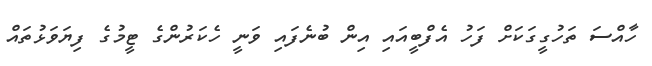
ހާއްސަ ތަހުގީގަކަށް ފަހު އެފްބީއައި އިން ބުނެފައި ވަނީ ހެކަރުންގެ ޓީމުގެ ފިޔަވަޅުތައް